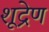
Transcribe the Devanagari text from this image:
शूद्रेण